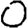
Digit: 0